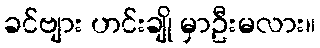
ခင်ဗျား ဟင်းချို မှာဦးမလား။